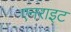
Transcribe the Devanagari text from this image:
एनराइट